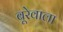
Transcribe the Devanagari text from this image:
बूरेवाला